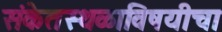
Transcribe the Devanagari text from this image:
संकेतस्थळाविषयीचा